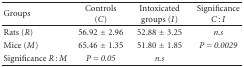
| Groups | Controls (C) | Intoxicated groups (I) | SignificanceC : I |
 | --- | --- | --- | --- |
 | Rats (R) | 56.92 ± 2.96 | 52.88 ± 3.25 | n.s |
 | Mice (M) | 65.46 ± 1.35 | 51.80 ± 1.85 | P = 0.0029 |
 | Significance R : M | P = 0.05 | n.s |  |